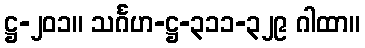
ဋ္ဌ-၂၀၁။ သင်္ဂဟ-ဋ္ဌ-၃၁၁-၃၂၉ ဂါထာ။